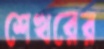
শেখরের